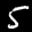
Label: 5